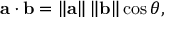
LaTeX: \mathbf { a \cdot b } = \left\| \mathbf { a } \right\| \left\| \mathbf { b } \right\| \cos \theta ,